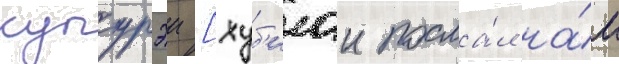
купурэи [хуб'илаи посла́л на́м